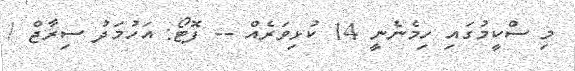
މި ސްކީމުގައި ހިމެނެނީ 14 ކުޅިވަރެއް -- ފޮޓޯ: އަހުމަދު ސިރާޖް /